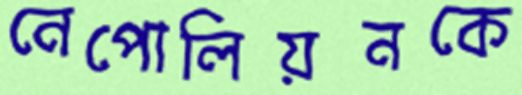
নেপোলিয়নকে